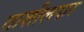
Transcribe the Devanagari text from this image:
ताशीलदार